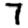
Digit: 7